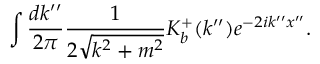
\int \frac { d k ^ { \prime \prime } } { 2 \pi } \frac { 1 } { 2 \sqrt { k ^ { 2 } + m ^ { 2 } } } K _ { b } ^ { + } ( k ^ { \prime \prime } ) e ^ { - 2 i k ^ { \prime \prime } x ^ { \prime \prime } } .